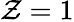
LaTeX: \mathcal{Z}=1